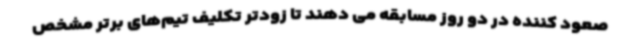
صعود کننده در دو روز مسابقه می دهند تا زودتر تکلیف تیم‌های برتر مشخص